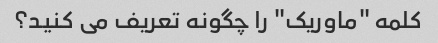
کلمه "ماوریک" را چگونه تعریف می کنید؟